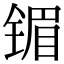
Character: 镅